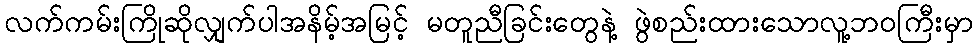
လက်ကမ်းကြိုဆိုလျှက်ပါအနိမ့်အမြင့် မတူညီခြင်းတွေနဲ့ ဖွဲစည်းထားသောလူ့ဘဝကြီးမှာ